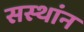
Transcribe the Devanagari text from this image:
सस्थांन